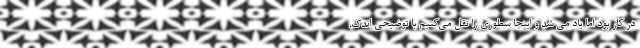
در کار بود اما یاد می شد و اینجا سطوری را نقل می‌کنیم با توضیحی اندک.